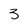
Character: 3